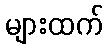
များထက်